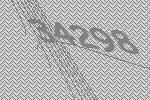
34298